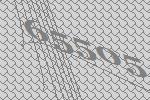
65505